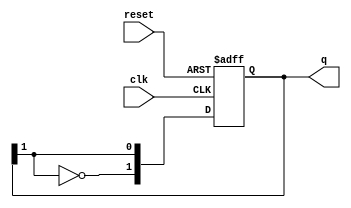
module JohnsonCounter #(
    parameter N = 2 // You can change N to any positive integer to define the bit width
)(
    input wire clk,      // Clock signal
    input wire reset,    // Asynchronous reset signal
    output reg [N-1:0] q // Current state of the counter
);

// Always block to handle the counter logic
always @(posedge clk or posedge reset) begin
    if (reset) begin
        // Initialize counter to 0 on reset
        q <= 0;
    end else begin
        // Shift right and feed back the inverted last bit
        q <= {~q[N-1], q[N-1:N-1]}; // Invert last bit and shift
    end
end

endmodule